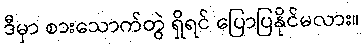
ဒီမှာ စားသောက်တွဲ ရှိရင် ပြောပြနိုင်မလား။